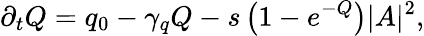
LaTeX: \partial_{t}Q=q_{0}-\gamma_{q}Q-s\left(1-e^{-Q}\right)|A|^{2},